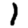
Digit: 1